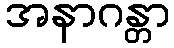
အနာဂန္တာ